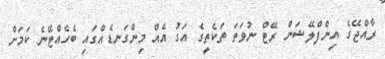
ރާއްޖޭގެ އިންފްލޭޝަން ރޭޓް ނުވަތަ ތަކެތީގެ އަގު އެއް މިންގަނޑެއްގައި ބެހެއްޓޭނެ ކަމަށް